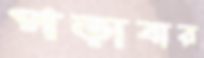
পড়াবার